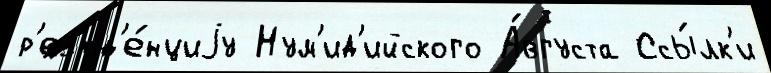
р'ез'ид'е́нциjу Нум'ид'ийского А́вгуста Ссы́лк'и